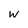
Character: W